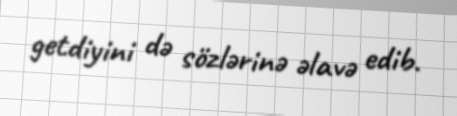
getdiyini də sözlərinə əlavə edib.